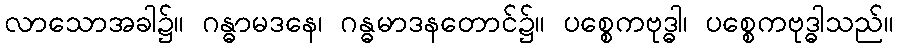
လာသောအခါ၌။ ဂန္ဓာမဒနေ၊ ဂန္ဓမာဒနတောင်၌။ ပစ္စေကဗုဒ္ဓါ၊ ပစ္စေကဗုဒ္ဓါသည်။